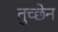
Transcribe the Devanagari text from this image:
तुच्छेन